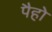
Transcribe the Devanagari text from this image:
पैहो